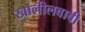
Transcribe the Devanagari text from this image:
खालीलबाबी